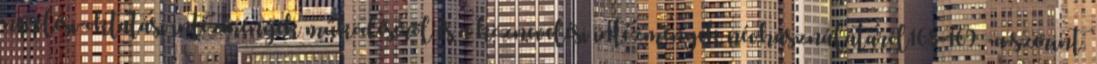
nevelési-oktatási intézmények működéséről és a köznevelési intézmények névhasználatáról168-169.§-a szerint.